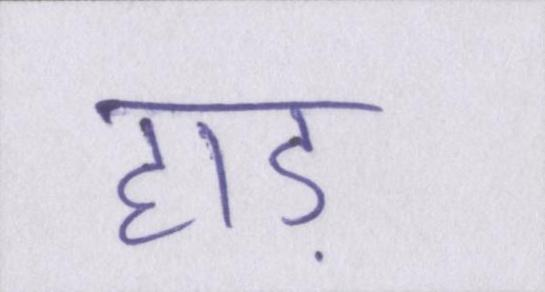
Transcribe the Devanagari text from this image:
हाड़